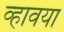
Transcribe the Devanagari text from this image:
व्हावया